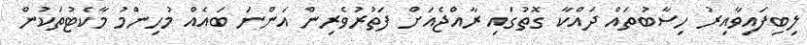
ލިބިފައިވާއިރު ހިސާބުތައް ދައްކާ ގޮތުގައި ރާއްޖެއަށް ފަތުރުވެރިން އަންނަ ބައެއް މުހިންމު މާކެޓުތަކުން